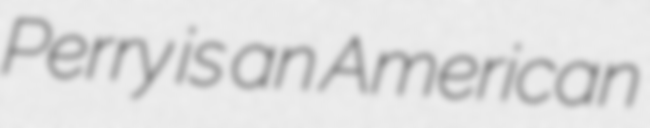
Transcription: Perry is an American